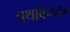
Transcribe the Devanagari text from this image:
पथविचलन